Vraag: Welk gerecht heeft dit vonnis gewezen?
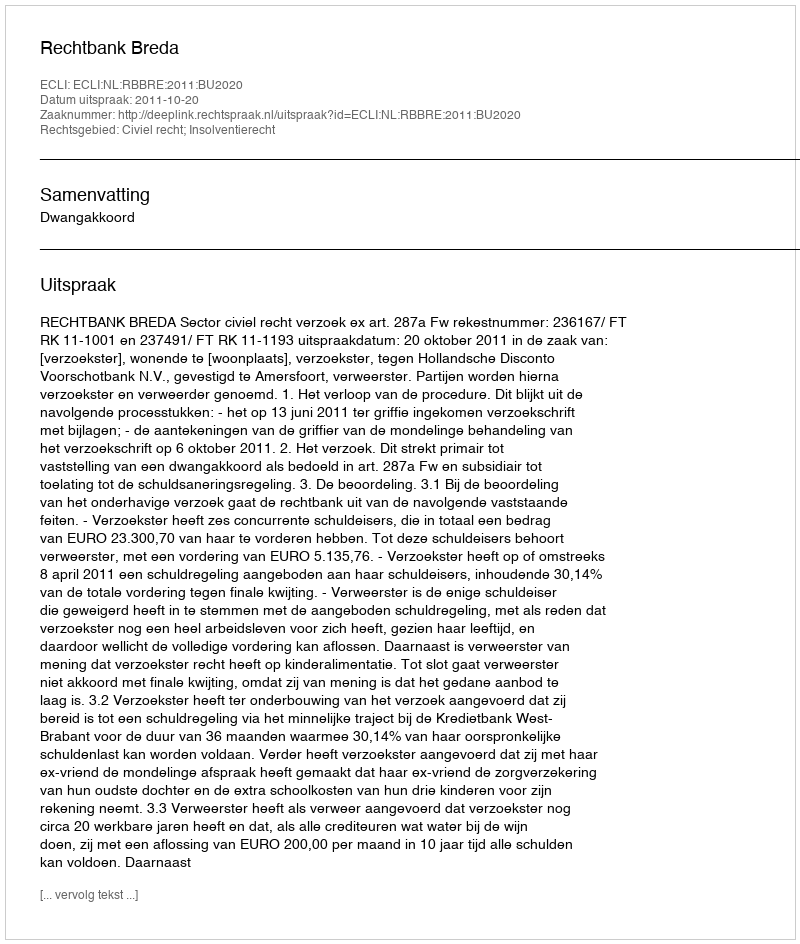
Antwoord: Rechtbank Breda